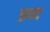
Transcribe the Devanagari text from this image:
झ्या